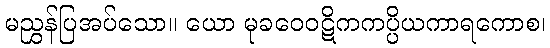
မညွှန်ပြအပ်သော။ ယော မုခဝေဝဋိကကပ္ပိယကာရကောစ၊